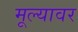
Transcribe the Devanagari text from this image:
मूल्यावर